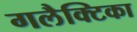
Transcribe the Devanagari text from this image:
गलैक्टिका